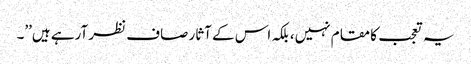
یہ تعجب کا مقام نہیں، بلکہ اس کے آثار صاف نظر آرہے ہیں’’۔